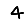
Digit: 4